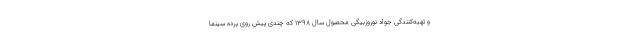
و تهیه‌کنندگی جواد نوروزبیگی محصول سال ۱۳۹۸ که چندی پیش روی پرده سینما